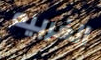
الغربيه